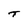
Character: T